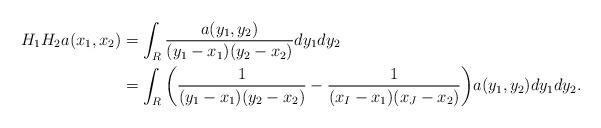
LaTeX: \begin{align*}H_1H_2a(x_1,x_2) &= \int_{R} \frac{a(y_1,y_2)}{(y_1-x_1)(y_2-x_2)} dy_1dy_2 \\&=\int_{R} \bigg( \frac{1}{(y_1-x_1)(y_2-x_2)} - \frac{1}{(x_I-x_1)(x_J-x_2)} \bigg) a(y_1,y_2) dy_1dy_2.\end{align*}